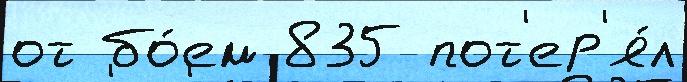
от бо́ем 835 пот'ер'я́л